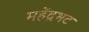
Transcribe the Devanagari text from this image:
महेंद्रभट